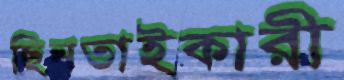
ছিনতাইকারী